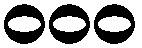
၀၀၀